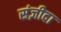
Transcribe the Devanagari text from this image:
संज़ीदा